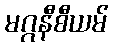
မဂ္ဂနီစီယမ်